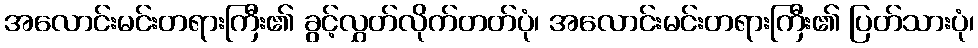
အလောင်းမင်းတရားကြီး၏ ခွင့်လွှတ်လိုက်တတ်ပုံ၊ အလောင်းမင်းတရားကြီး၏ ပြတ်သားပုံ၊